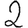
Digit: 2